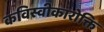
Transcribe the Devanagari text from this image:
कविस्वीकारोक्ति